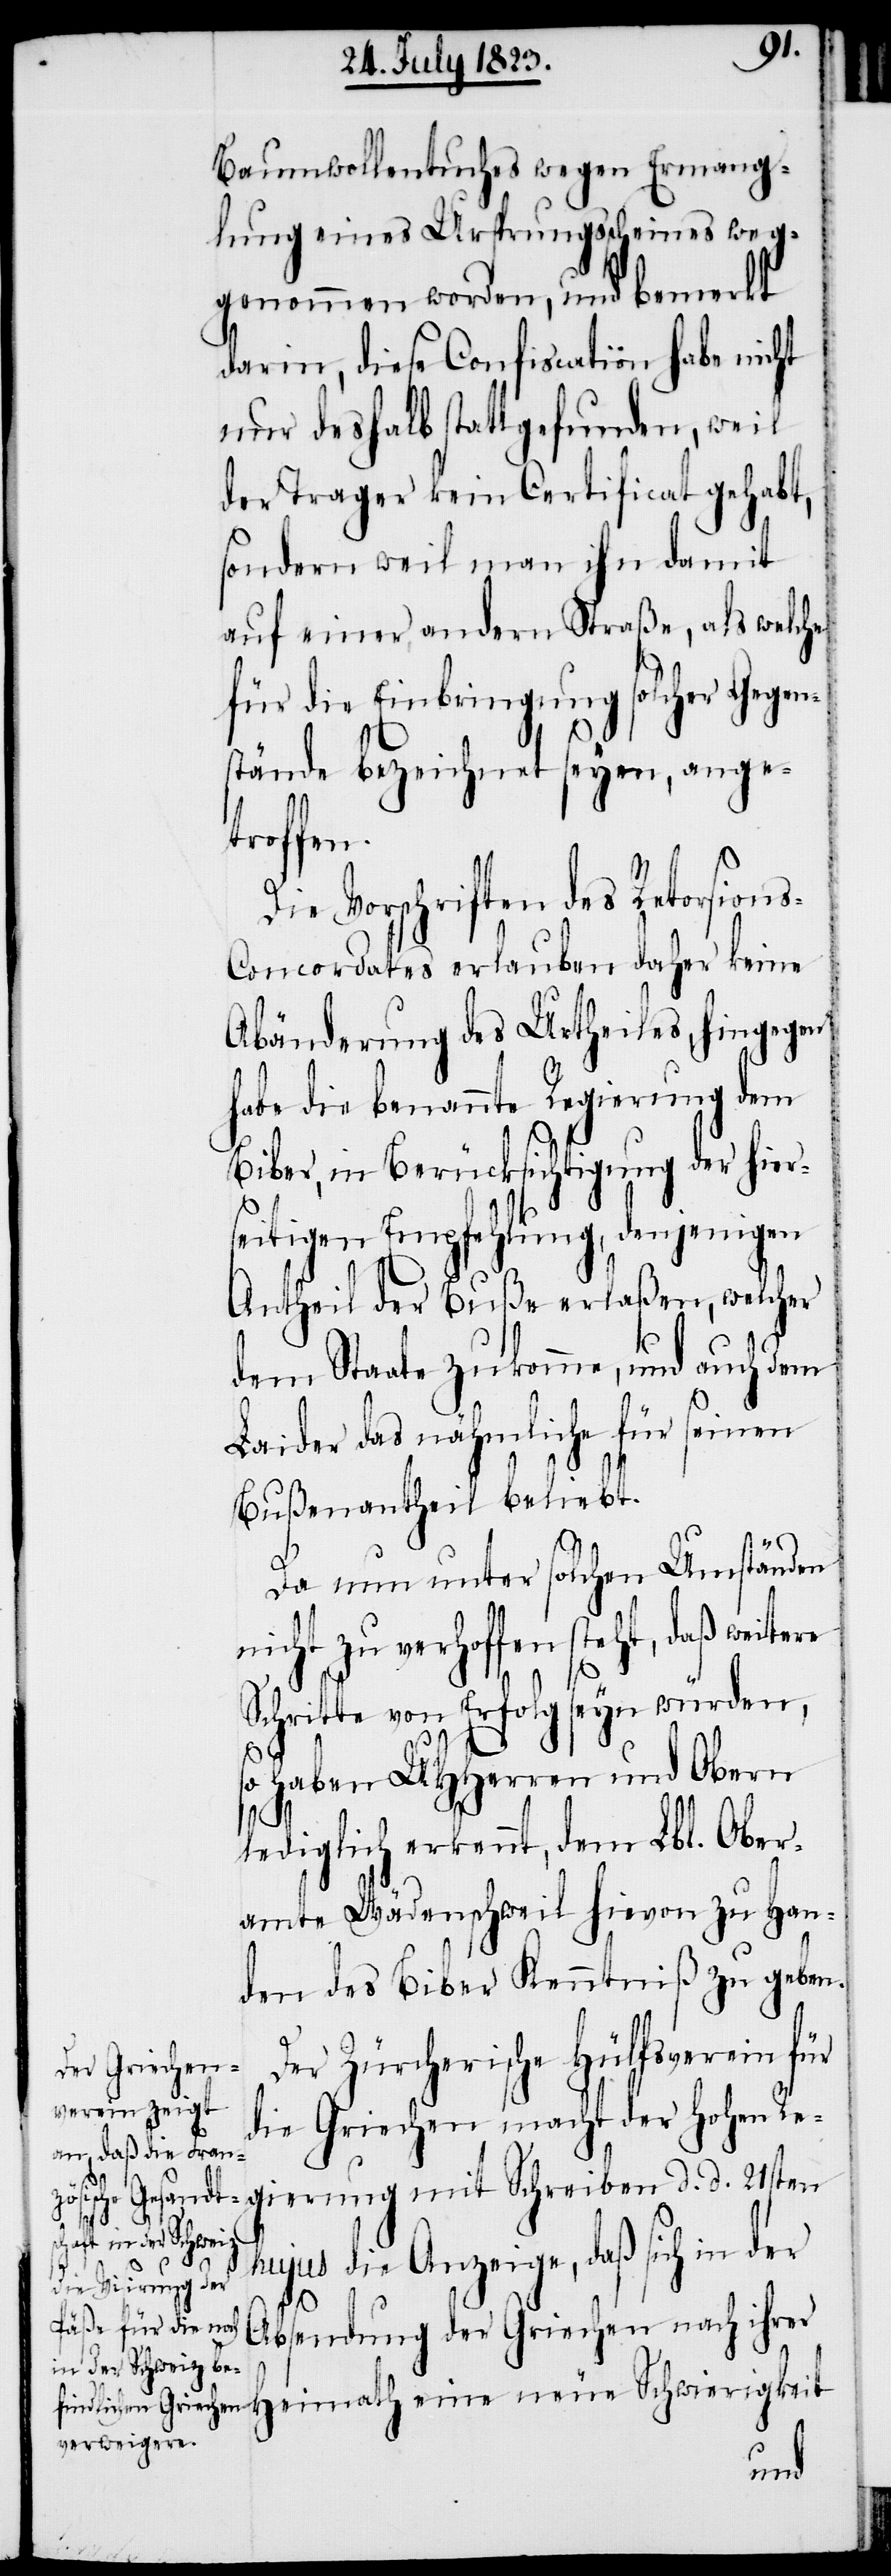
Baumwollentuches wegen Ermang¬
lung eines Ursprungsscheines weg¬
genommen worden, und bemerkt
darin, diese Confiscation habe nicht
nur deshalb statt gefunden, weil
der Trager kein Certificat gehabt,
sondern weil man ihn damit
auf einer andern Straße, als welche
für die Einbringung solcher Gegen¬
stände bezeichnet seyen, ange¬
troffen.
Die Vorschriften des Retorsion¬
oncordates erlauben daher keine
Abänderung des Urtheiles, hingegen
habe die benannte Regierung dem
Biber, in Berücksichtigung der hier¬
seitigen Empfehlung, denjenigen
Antheil der Buße erlaßen, welcher
dem Staate zukomme, und auch dem
Laider das nähmliche für seinen
Bußenantheil beliebt.
Da nun unter solchen Umständen
nicht zu verhoffen steht, daß weite¬
Schritte von Erfolg seyn würden,
so haben UHHerren und Obern
lediglich erkennt, dem Lbl. Ober¬
amte Wädenschweil hievon zu Han¬
den des Biber Kenntniß zu geben.
Der Zürcherische Hülfsverein für
die Griechen macht der Hohen Re¬
gierung mit Schreiben d. d. 21sten
hujus die Anzeige, daß sich in der
Absendung der Griechen nach ihrer
neue